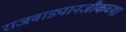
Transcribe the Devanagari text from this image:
राजवाड्यानजीकच्या